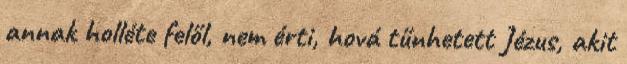
annak holléte felől, nem érti, hová tűnhetett Jézus, akit